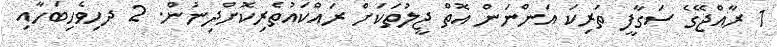
1 ރާއްޖޭގެ ސަގާފީ ތަރިކަ އަންނަން އޮތް ޖީލުތަކަށް ރައްކައުތެރިކޮށްދިނުން. 2 ދހިވެހިބަހާއި